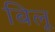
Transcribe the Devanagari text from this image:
बिलू